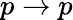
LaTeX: p\rightarrow p